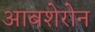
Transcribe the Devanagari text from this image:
आबशेरोन